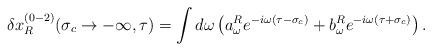
LaTeX: \begin{align*}\delta x_R^{(0-2)}(\sigma_c\rightarrow -\infty,\tau)=\int d\omega\left( a^R_\omega e^{-i\omega(\tau-\sigma_c)}+b^R_\omega e^{-i\omega (\tau+\sigma_c)}\right).\end{align*}